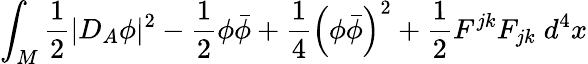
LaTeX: \int_{M}\frac{1}{2}|D_{A}\phi|^{2}-\frac{1}{2}\phi\bar{\phi}+\frac{1}{4}\left(\phi\bar{\phi}\right)^{2}+\frac{1}{2}F^{jk}F_{jk}\; d^{4}x